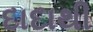
દાદાથી